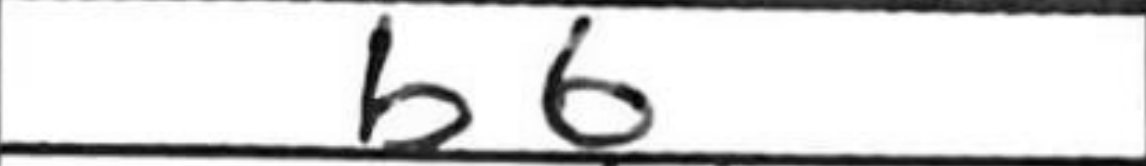
Transcription: b6